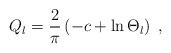
LaTeX: \begin{align*}Q_{l}=\frac{2}{\pi} \left( -c + \ln \Theta_{l} \right)\; ,\end{align*}